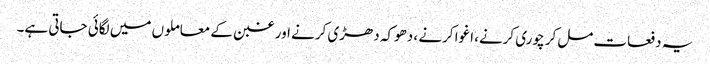
یہ دفعات مل‌کر چوری کرنے، اغوا کرنے ، دھوکہ دھڑی کرنے اور غبن کے معاملوں میں لگائی جاتی ہے۔